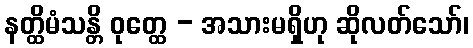
နတ္ထိမံသန္တိ ဝုတ္ထေ - အသားမရှိဟု ဆိုလတ်သော်၊